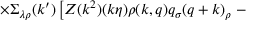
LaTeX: \times \Sigma _ { \lambda \rho } ( k ^ { \prime } ) \left[ Z ( k ^ { 2 } ) ( k \eta ) \rho ( k , q ) q _ { \sigma } ( q + k ) _ { \rho } \right. -